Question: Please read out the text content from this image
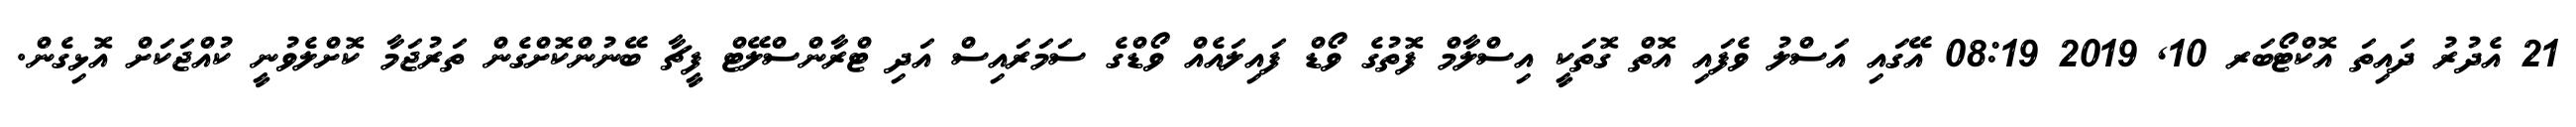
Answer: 21 އެދުރު ދައިތަ އޮކްޓޯބަރ 10, 2019 08:19 އޭގައި އަސްލު ވެފައި އޮތް ގޮތަކީ އިސްލާމް ފޮތުގެ ވޯޑް ފައިލައެއް ވޯޑްގެ ސަމަރައިސް އަދި ޓްރާންސްލޭޓް ފީޗާ ބޭނުންކޮށްގެން ތަރުޖަމާ ކޮށްލެވުނީ ކުއްޖަކަށް އޮޅިގެން.